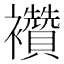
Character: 襸